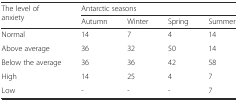
| <ROWSPAN=2> The level of anxiety | <COLSPAN=4> Antarctic seasons |
 | Autumn | Winter | Spring | Summer |
 | --- | --- | --- | --- | --- |
 | Normal | 14 | 7 | 4 | 14 |
 | Above average | 36 | 32 | 50 | 14 |
 | Below the average | 36 | 36 | 42 | 58 |
 | High | 14 | 25 | 4 | 7 |
 | Low | - | - | - | 7 |